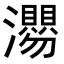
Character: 𭳴